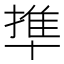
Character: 㔼